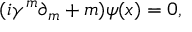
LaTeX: ( i \gamma ^ { m } \partial _ { m } + m ) \psi ( x ) = 0 ,